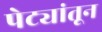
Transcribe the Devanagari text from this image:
पेट्यांतून